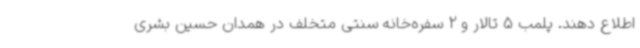
اطلاع دهند. پلمب 5 تالار و 2 سفره‌خانه سنتی متخلف در همدان حسین بشری